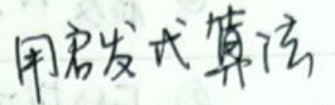
用竖式计算